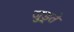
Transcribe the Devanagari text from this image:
जुड़्ते